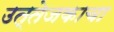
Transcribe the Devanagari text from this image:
उत्तेजकाचा